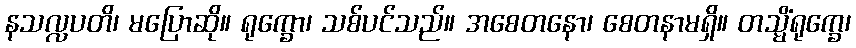
နသလ္လပတိ၊ မပြောဆို။ ရုက္ခော၊ သစ်ပင်သည်။ အစေတနော၊ စေတနာမရှိ။ တသ္မိံရုက္ခေ၊